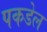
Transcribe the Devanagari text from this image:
पकडेल